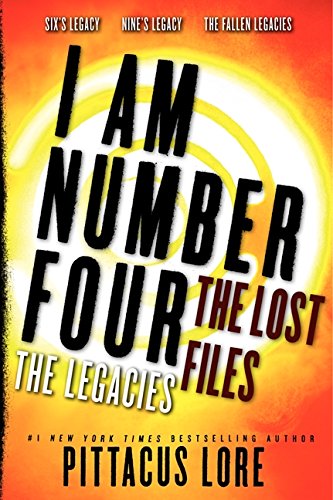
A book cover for I Am Number Four: The Lost Files: The Legacies (Lorien Legacies: The Lost Files); Pittacus Lore; Teen & Young Adult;